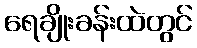
ရေချိုးခန်းထဲတွင်